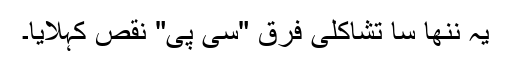
یہ ننھا سا تشاکلی فرق "سی پی" نقص کہلایا۔